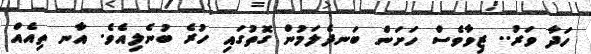
ހަދާ ވަރު.. ޒިވާވެސް ހަށަން ބަނދެލަމުން ގޮތުގައި ހުރެ ބުނެލިއެވެ. އާނ ތިއެއް